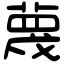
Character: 蔑